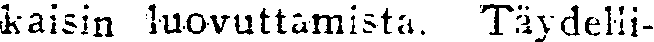
kaisin luovuttamista. Täydelli-